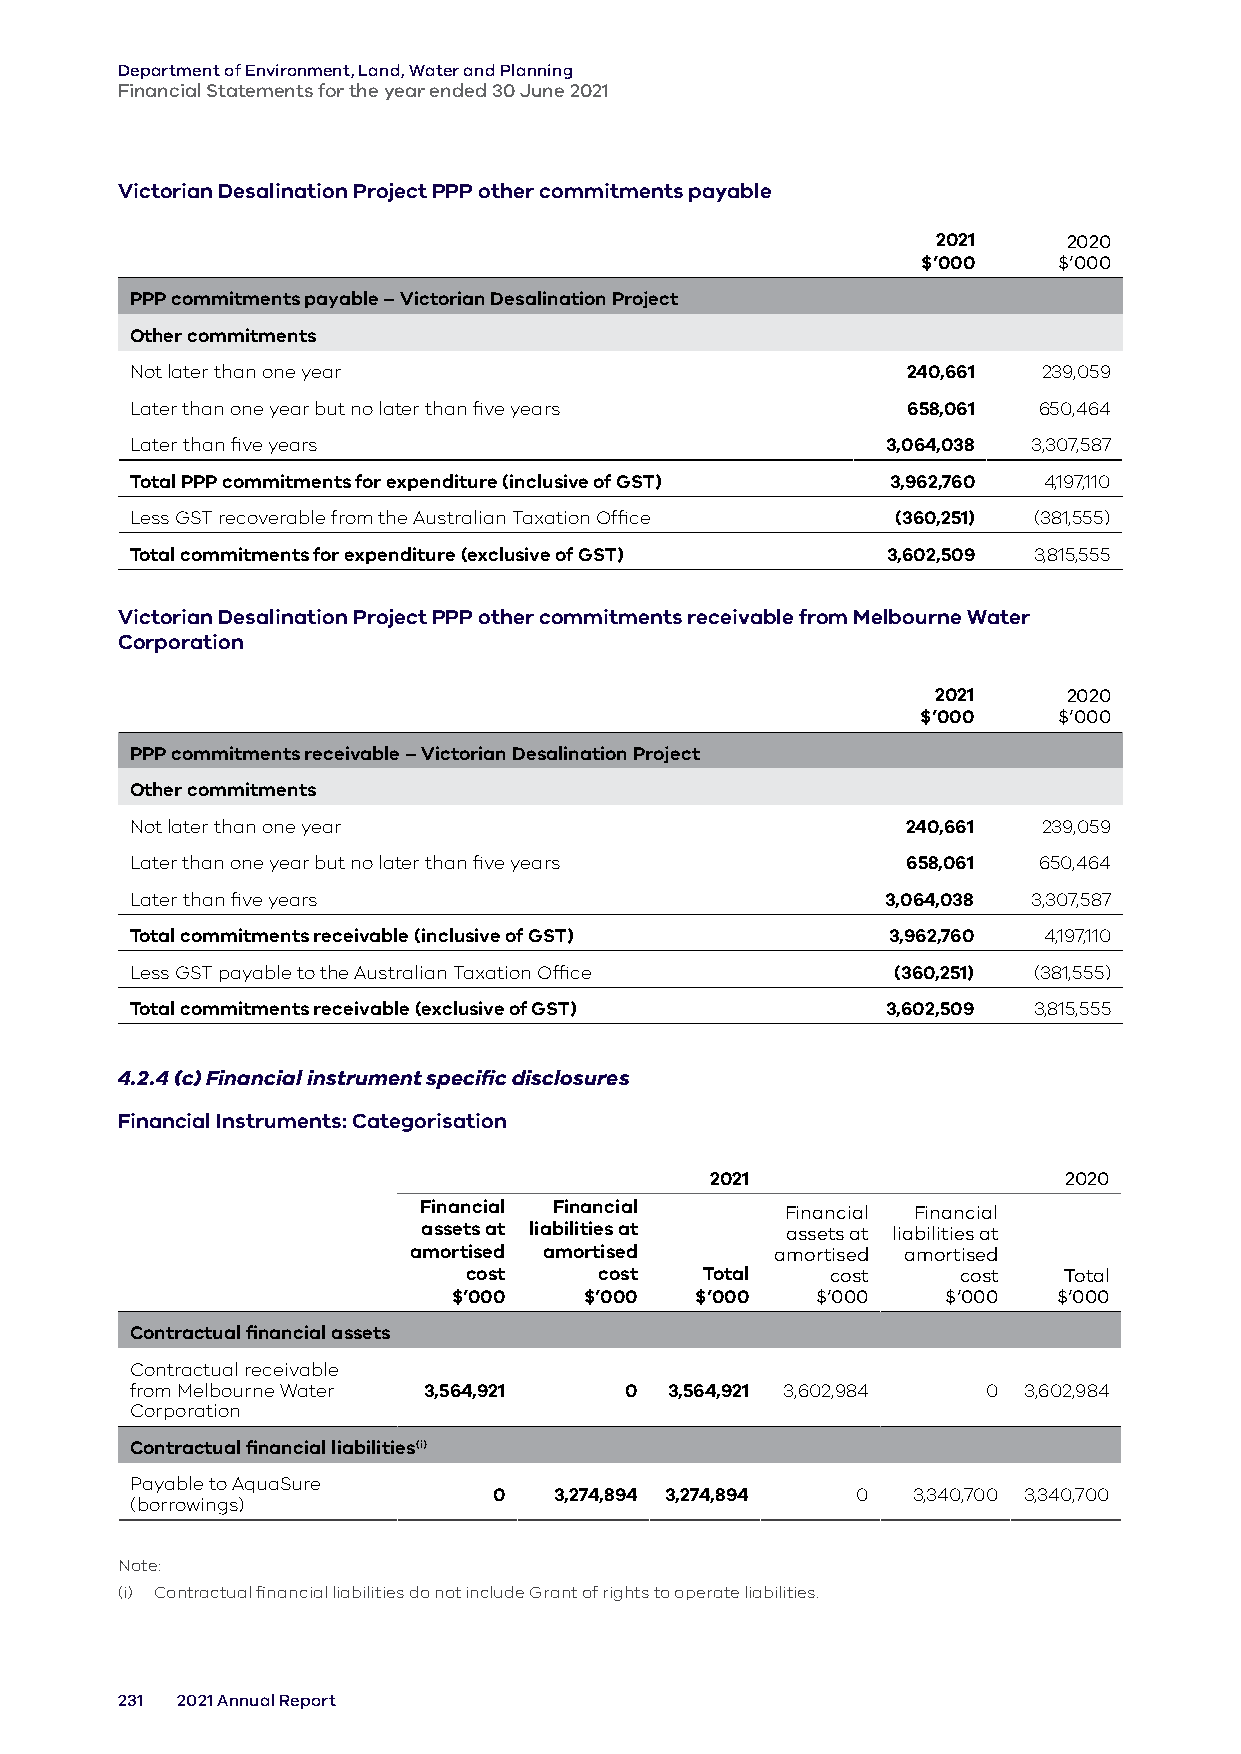
Department of Environment, Land, Water and Planning
 Financial Statements for the year ended 30 June 2021
 Victorian Desalination Project PPP other commitments payable
 2021     2020
 $’000    $’000
 PPP commitments payable – Victorian Desalination Project
 Other commitments
 Not later than one year                            240,661  239,059
 Later than one year but no later than five years   658,061  650,464
 Later than five years                             3,064,038 3,307,587
 Total PPP commitments for expenditure (inclusive of GST) 3,962,760 4,197,110
 Less GST recoverable from the Australian Taxation Office (360,251) (381,555)
 Total commitments for expenditure (exclusive of GST) 3,602,509 3,815,555
 Victorian Desalination Project PPP other commitments receivable from Melbourne Water
 Corporation
 2021     2020
 $’000    $’000
 PPP commitments receivable – Victorian Desalination Project
 Other commitments
 Not later than one year                            240,661  239,059
 Later than one year but no later than five years   658,061  650,464
 Later than five years                             3,064,038 3,307,587
 Total commitments receivable (inclusive of GST)   3,962,760 4,197,110
 Less GST payable to the Australian Taxation Office (360,251) (381,555)
 Total commitments receivable (exclusive of GST)   3,602,509 3,815,555
 4.2.4 (c) Financial instrument specific disclosures
 Financial Instruments: Categorisation
 2021                   2020
 Financial Financial
 Financial Financial
 assets at liabilities at assets at liabilities at
 amortised amortised     amortised amortised
 cost     cost  Total    cost    cost   Total
 $’000    $’000  $’000   $’000    $’000  $’000
 Contractual financial assets
 Contractual receivable
 from Melbourne Water 3,564,921  0  3,564,921 3,602,984  0  3,602,984
 Corporation
 Contractual financial liabilities(i)
 Payable to AquaSure
 0   3,274,894 3,274,894 0  3,340,700 3,340,700
 (borrowings)
 Note:
 (i) Contractual financial liabilities do not include Grant of rights to operate liabilities.
 231 2021 Annual Report